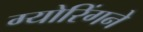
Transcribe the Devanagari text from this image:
ग्योरिंगने